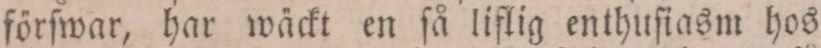
förſwar, har wäckt en ſå liflig enthuſiasm hos